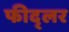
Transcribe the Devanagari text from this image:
फीद्लर